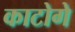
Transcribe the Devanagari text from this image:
काटोगे